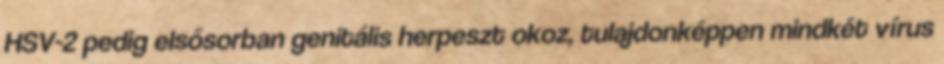
HSV-2 pedig elsősorban genitális herpeszt okoz, tulajdonképpen mindkét vírus